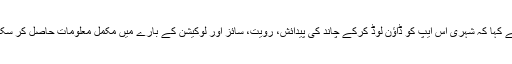
انہوں نے کہا کہ شہری اس ایپ کو ڈاؤن لوڈ کرکے چاند کی پیدائش، رویت، سائز اور لوکیشن کے بارے میں مکمل معلومات حاصل کر سکتے ہیں۔